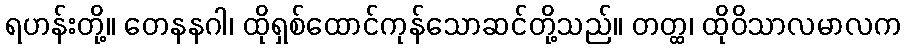
ရဟန်းတို့။ တေနနဂါ၊ ထိုရှစ်ထောင်ကုန်သောဆင်တို့သည်။ တတ္ထ၊ ထိုဝိသာလမာလက